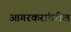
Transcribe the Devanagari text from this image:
आगरकरांवरील